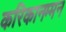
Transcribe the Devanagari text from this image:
करिकानम्मन